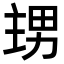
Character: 𭻙